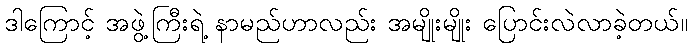
ဒါကြောင့် အဖွဲ့ကြီးရဲ့ နာမည်ဟာလည်း အမျိုးမျိုး ပြောင်းလဲလာခဲ့တယ်။